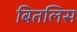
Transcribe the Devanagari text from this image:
बितलिस